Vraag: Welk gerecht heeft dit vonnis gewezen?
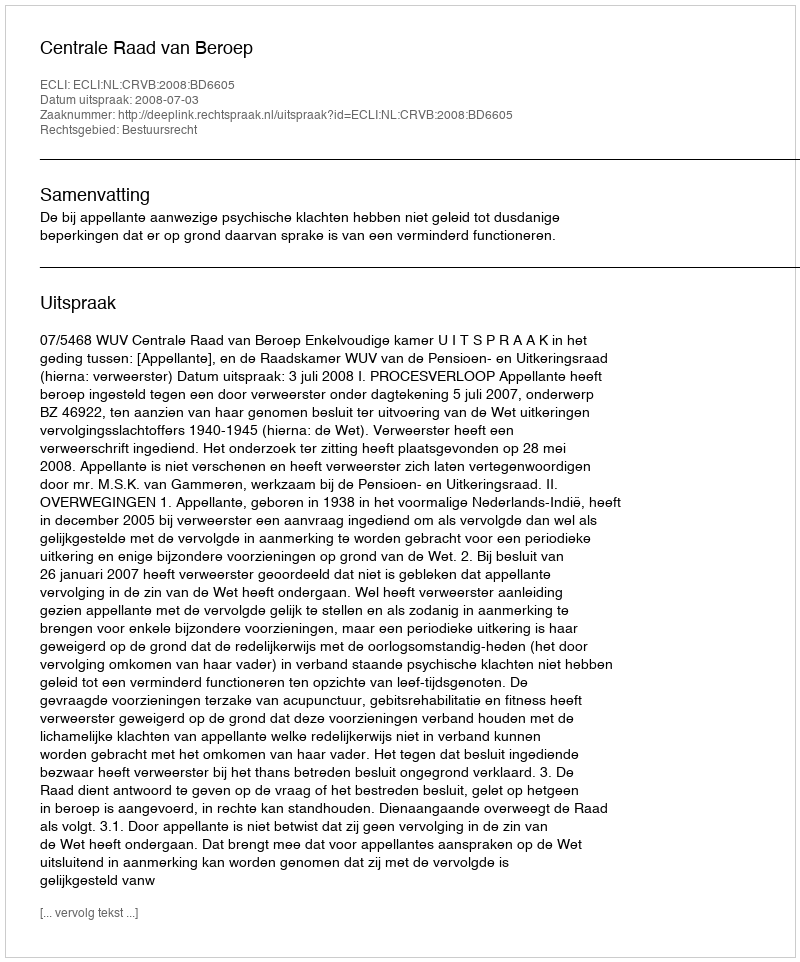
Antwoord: Centrale Raad van Beroep